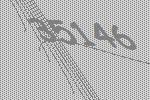
35146